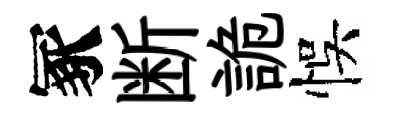
冢断詭悞